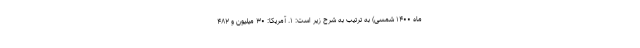
ماه ۱۴۰۰ شمسی) به ترتیب به شرح زیر است: ۱. آمریکا: ۳۰ میلیون و ۴۸۲